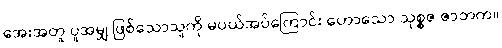
အေးအတူ ပူအမျှ ဖြစ်သောသူကို မပယ်အပ်ကြောင်း ဟောသော သုစ္စဇ ဇာတက။